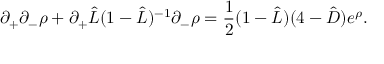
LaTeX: \partial _ { + } \partial _ { - } \rho + \partial _ { + } \hat { L } ( 1 - \hat { L } ) ^ { - 1 } \partial _ { - } \rho = \frac { 1 } { 2 } ( 1 - \hat { L } ) ( 4 - \hat { D } ) e ^ { \rho } .